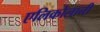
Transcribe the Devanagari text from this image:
एलिकोलानी